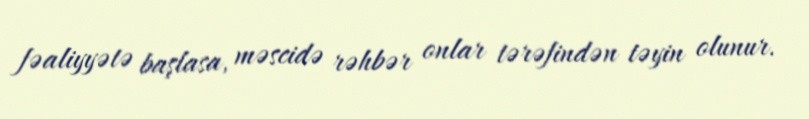
fəaliyyətə başlasa, məscidə rəhbər onlar tərəfindən təyin olunur.